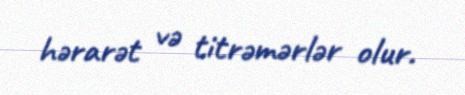
hərarət və titrəmərlər olur.